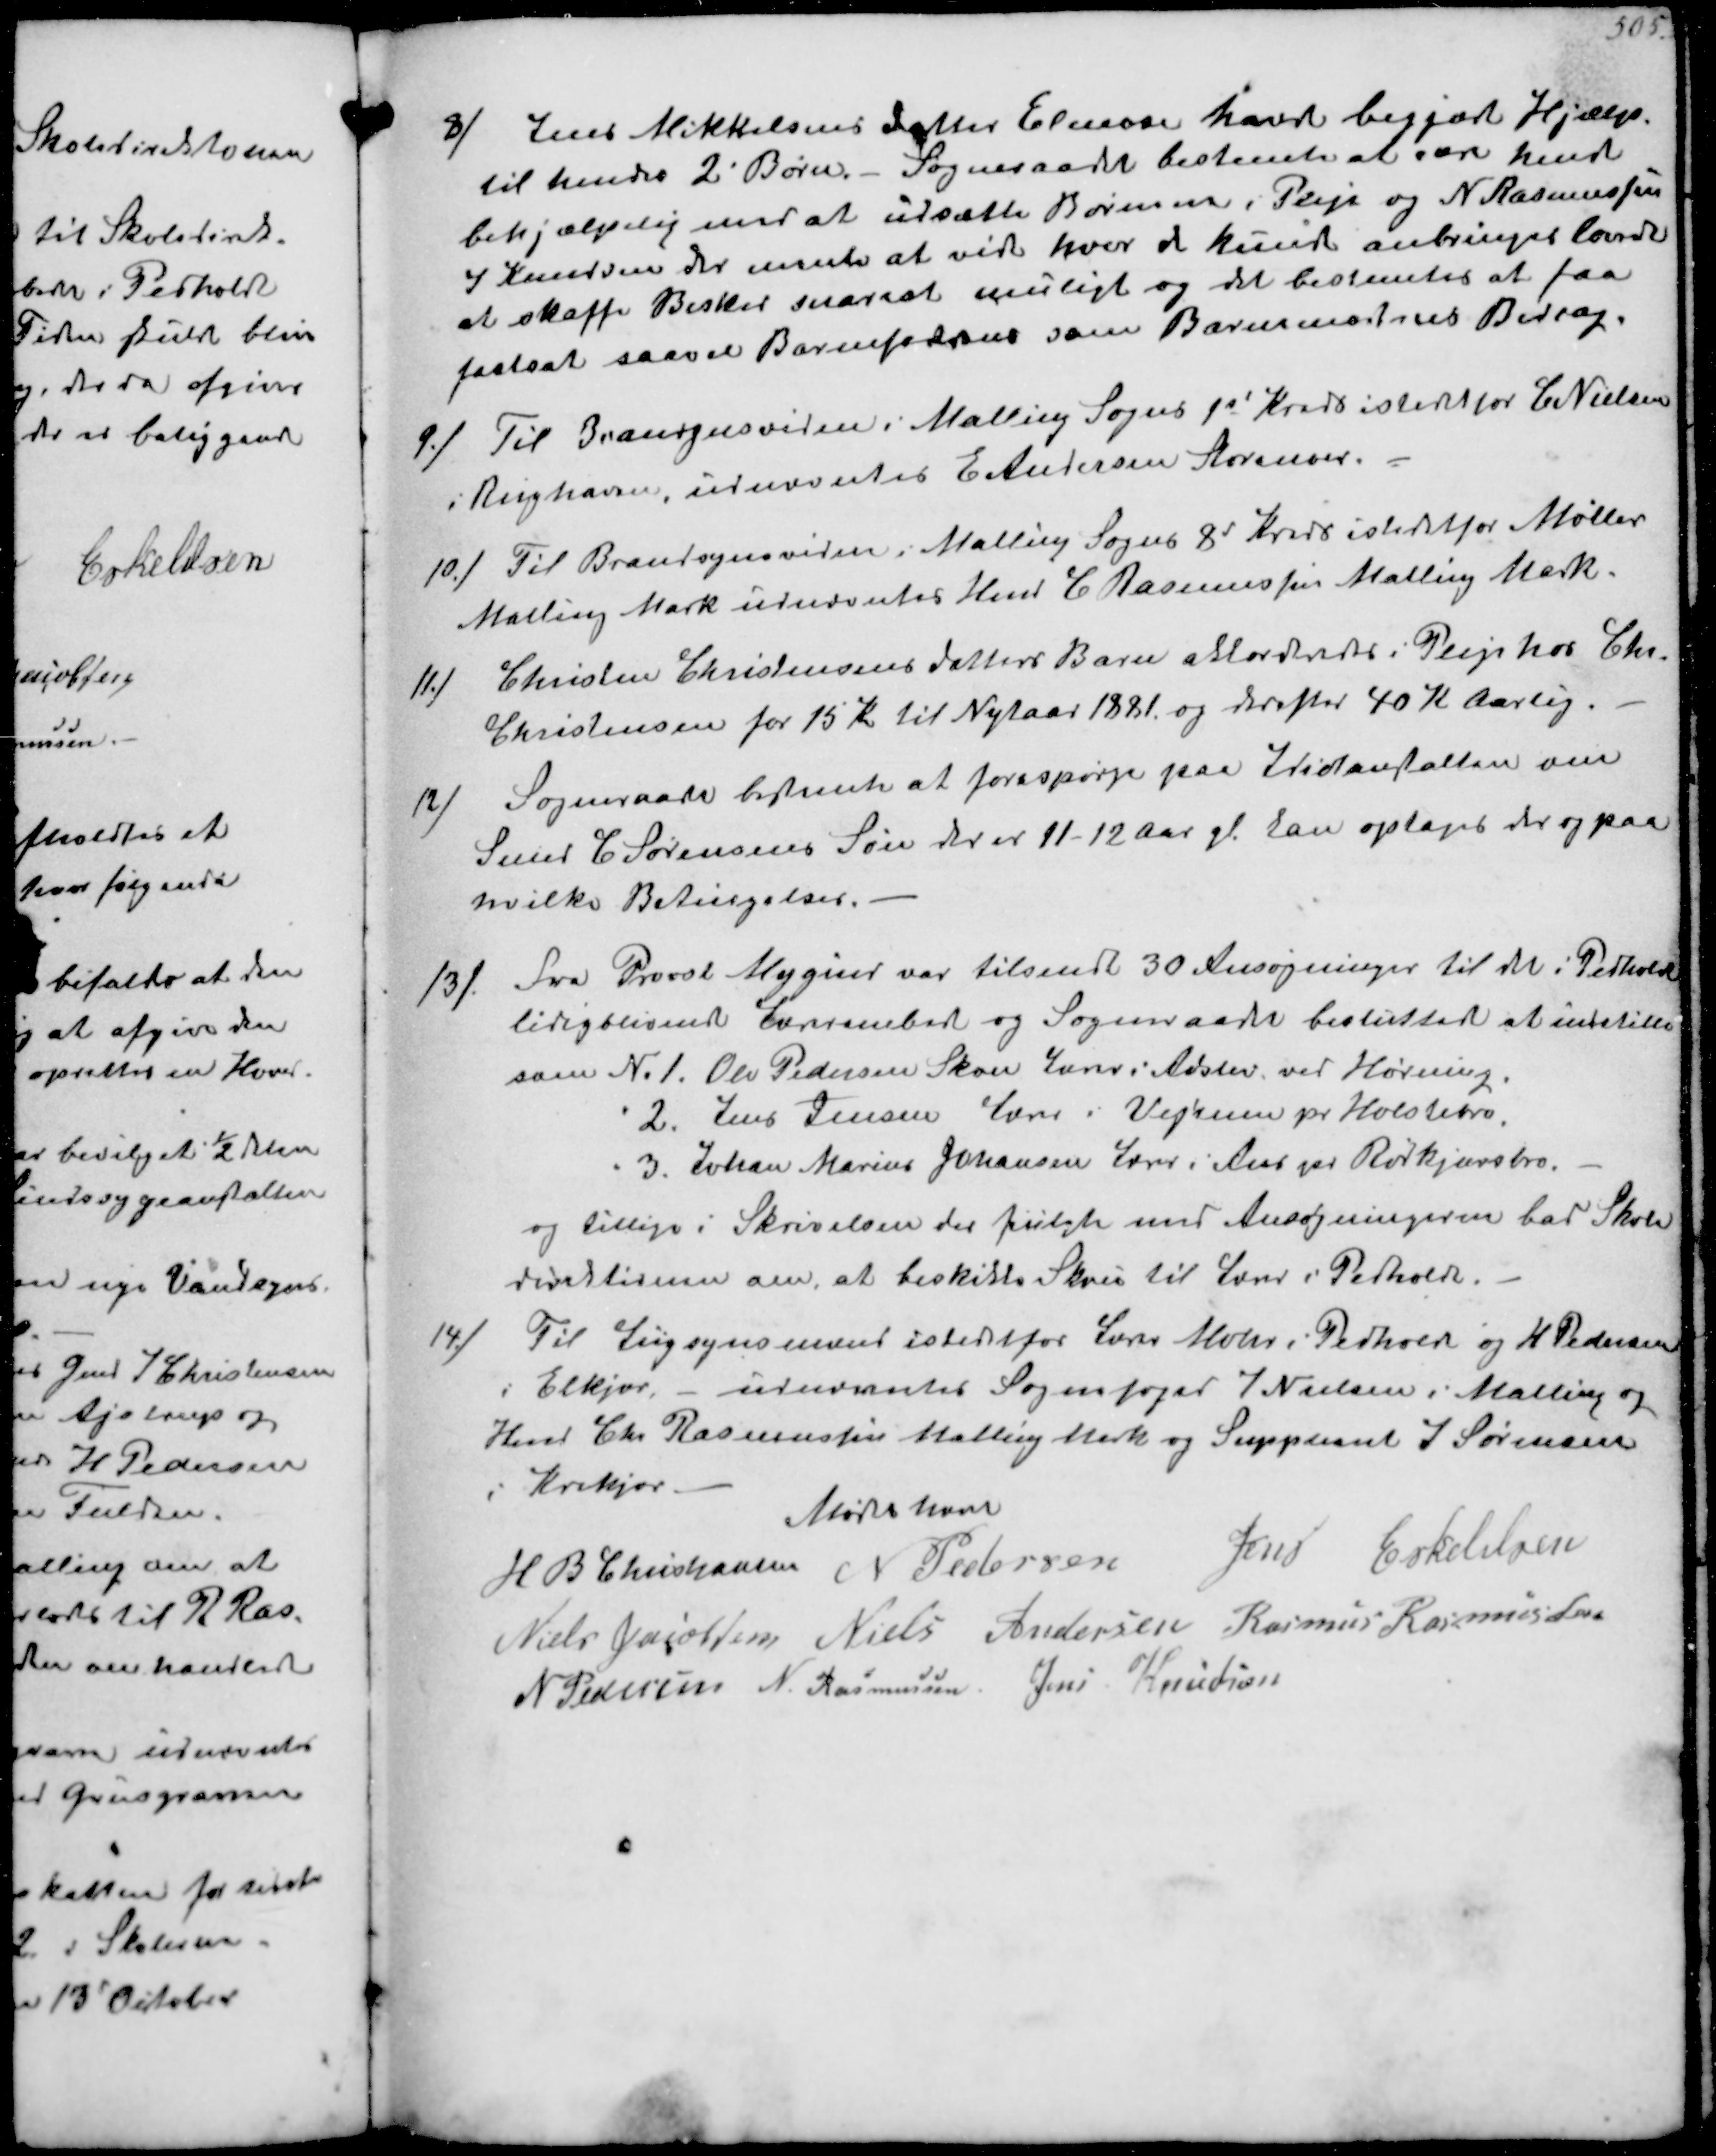
Transskription:
8/
Jens Mikkelsens Datter Elenora havde begjært Hjælp.
til hendes 2 Børn. - Sogneraadet bestemte at være hende
behjælpelig med at udsætte Børnene i Pleje og N Rasmussen
og Knudsen der mente at vide hvor de kunde anbringes lovede
at skaffe Besked snarest muligt og det bestemtes at faa
fastsat saavel Barnefaderens som Barnemoderens Bidrag.

9./
Til Brandsynsvidne i Malling Sogns 1st Kreds istedet for C Nielsen
i Rughaven, udnævntes E Andersen Storenoer
10./
Til Brandsynsvidne i Malling Sogns 8d Kreds istedetfor Møller
Malling Mark udnævntes Hmd C Rasmussen Malling Mark.
11./
Christen Christensens datters Barn akkorderedes i Pleje hos Chr
Christensen for 15 Kr til Nytaar 1881 og derefter 40 K Aarlig.
12/
Sogneraadet bestemte at forespørge paa Idiotansalten om
Smed C Sørensens Søn der er 11-12 Aar gl. kan optages der og paa
hvilke Betingelser.
13/
Fra Provst Mygind var tilsendt 30 Ansøgninger til det i Pedholdt
lidigblivende Lærerembede og Sogneraadet besluttede at indstille
som N. 1. Ole Pedersen Skou Lærer i Adslev ved Hørning
2. Jens Jensen Lærer i Vejrum pr Holstebro.
3. Johan Marius Johansen Lærer i Ans pr Rødkjærsbro.
og tillige i Skrivelsen der fulgte med Ansøgningern har Skole-
direktionen om, at beskikke Skou til Lærer i Petholdt
14/
Til Ligsynsmand istedetfor Lærer Mohr i Pedholdt og H Pedersen
Elkjær, - udnævntes Sognefoged J Nielsen i Malling og
Hmd Chr Rasmussen Malling Mark og Suppleant J Sørensen
Krekjær.
Mødet hævet
H B Christjansen
N Pedersen
Jens Eskeldsen
Niels Jacobsen
Niels Andersen
Rasmus Rasmussen
N Pedersen
N. Rasmussen
Jens Knudsen